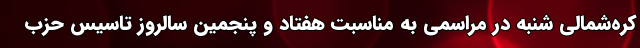
کره‌شمالی شنبه در مراسمی به مناسبت هفتاد و پنجمین سالروز تاسیس حزب